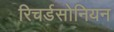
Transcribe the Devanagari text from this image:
रिचर्डसोनियन